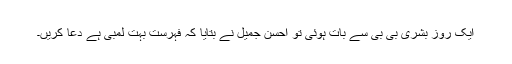
ایک روز بشریٰ بی بی سے بات ہوئی تو احسن جمیل نے بتایا کہ فہرست بہت لمبی ہے دعا کریں۔